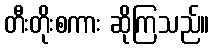
တီးတိုးစကား ဆိုကြသည်။